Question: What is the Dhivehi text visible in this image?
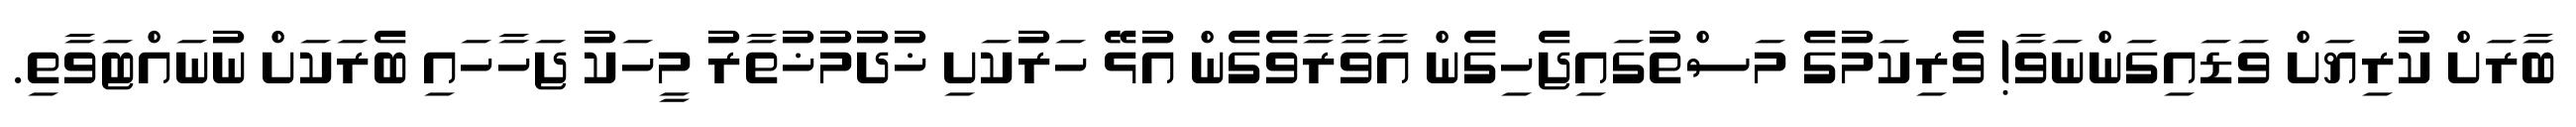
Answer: ބާރަށް ކުރިޔަށް ވަޑައިގަންނަވާ! ވެރިކަމުގެ މަސްތުގައިޖެހިގެން އާވާރާވެގެން އުޅޭ ހަރުކަށި ޚުދުމުޚުތާރު މީހަކު ޖަހާހައި ބެރަކަށް ނުނައްޓަވާތި.